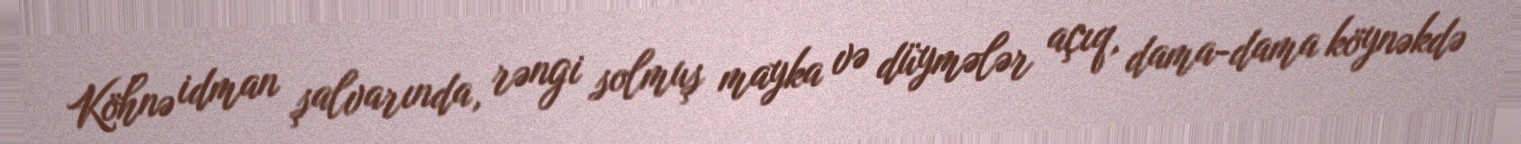
Köhnə idman şalvarında, rəngi solmuş mayka və düymələr açıq, dama-dama köynəkdə